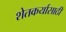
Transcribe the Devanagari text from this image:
शेतकर्यासाठी